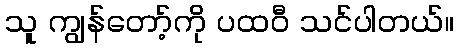
သူ ကျွန်တော့်ကို ပထဝီ သင်ပါတယ်။